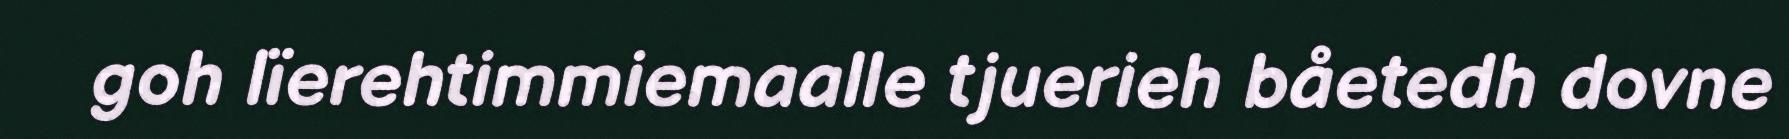
goh lïerehtimmiemaalle tjuerieh båetedh dovne